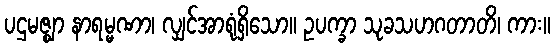
ပဌမဇ္ဈာ နာရမ္မဏာ၊ လျှင်အာရုံရှိသော။ ဥပက္ခာ သုခသဟဂတာတိ၊ ကား။